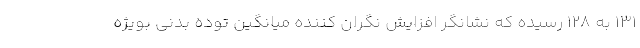
۱۳۱ به ۱۲۸ رسیده که نشانگر افزایش نگران کننده میانگین توده بدنی بویژه